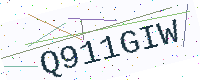
Text: Q911GIW